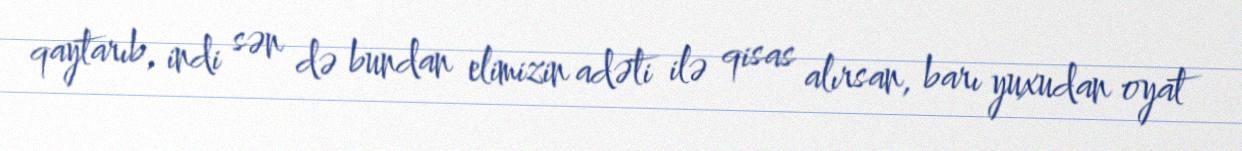
qaytarıb, indi sən də bundan elimizin adəti ilə qisas alırsan, barı yuxudan oyat